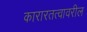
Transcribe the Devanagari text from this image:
कारारतत्वावरील